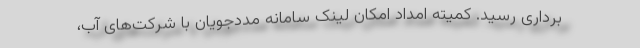
برداری رسید. کمیته امداد امکان لینک سامانه مددجویان با شرکت‌های آب،